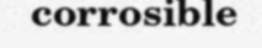
corrosible